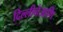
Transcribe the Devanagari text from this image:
दिल्लीनेआणि